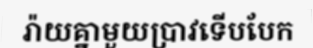
រ៉ាយគ្នាមួយប្រាវទើបបែក